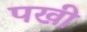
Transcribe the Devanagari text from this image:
पखी